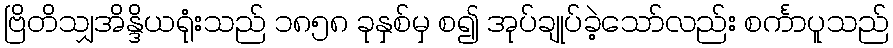
ဗြိတိသျှအိန္ဒိယရုံးသည် ၁၈၅၈ ခုနှစ်မှ စ၍ အုပ်ချုပ်ခဲ့သော်လည်း စင်္ကာပူသည်